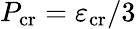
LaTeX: P_{\mathrm{cr}}=\varepsilon_{\mathrm{cr}}/3